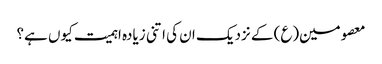
معصومین(ع) کے نزدیک ان کی اتنی زیادہ اہمیت کیوں ہے؟